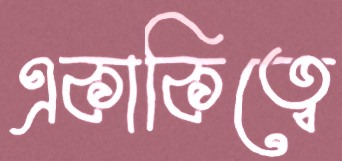
একাকিত্বে